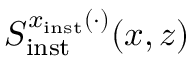
S _ { \mathrm { i n s t } } ^ { x _ { \mathrm { i n s t } } ( \cdot ) } ( x , z )